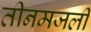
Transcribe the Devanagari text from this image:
तीनमजली